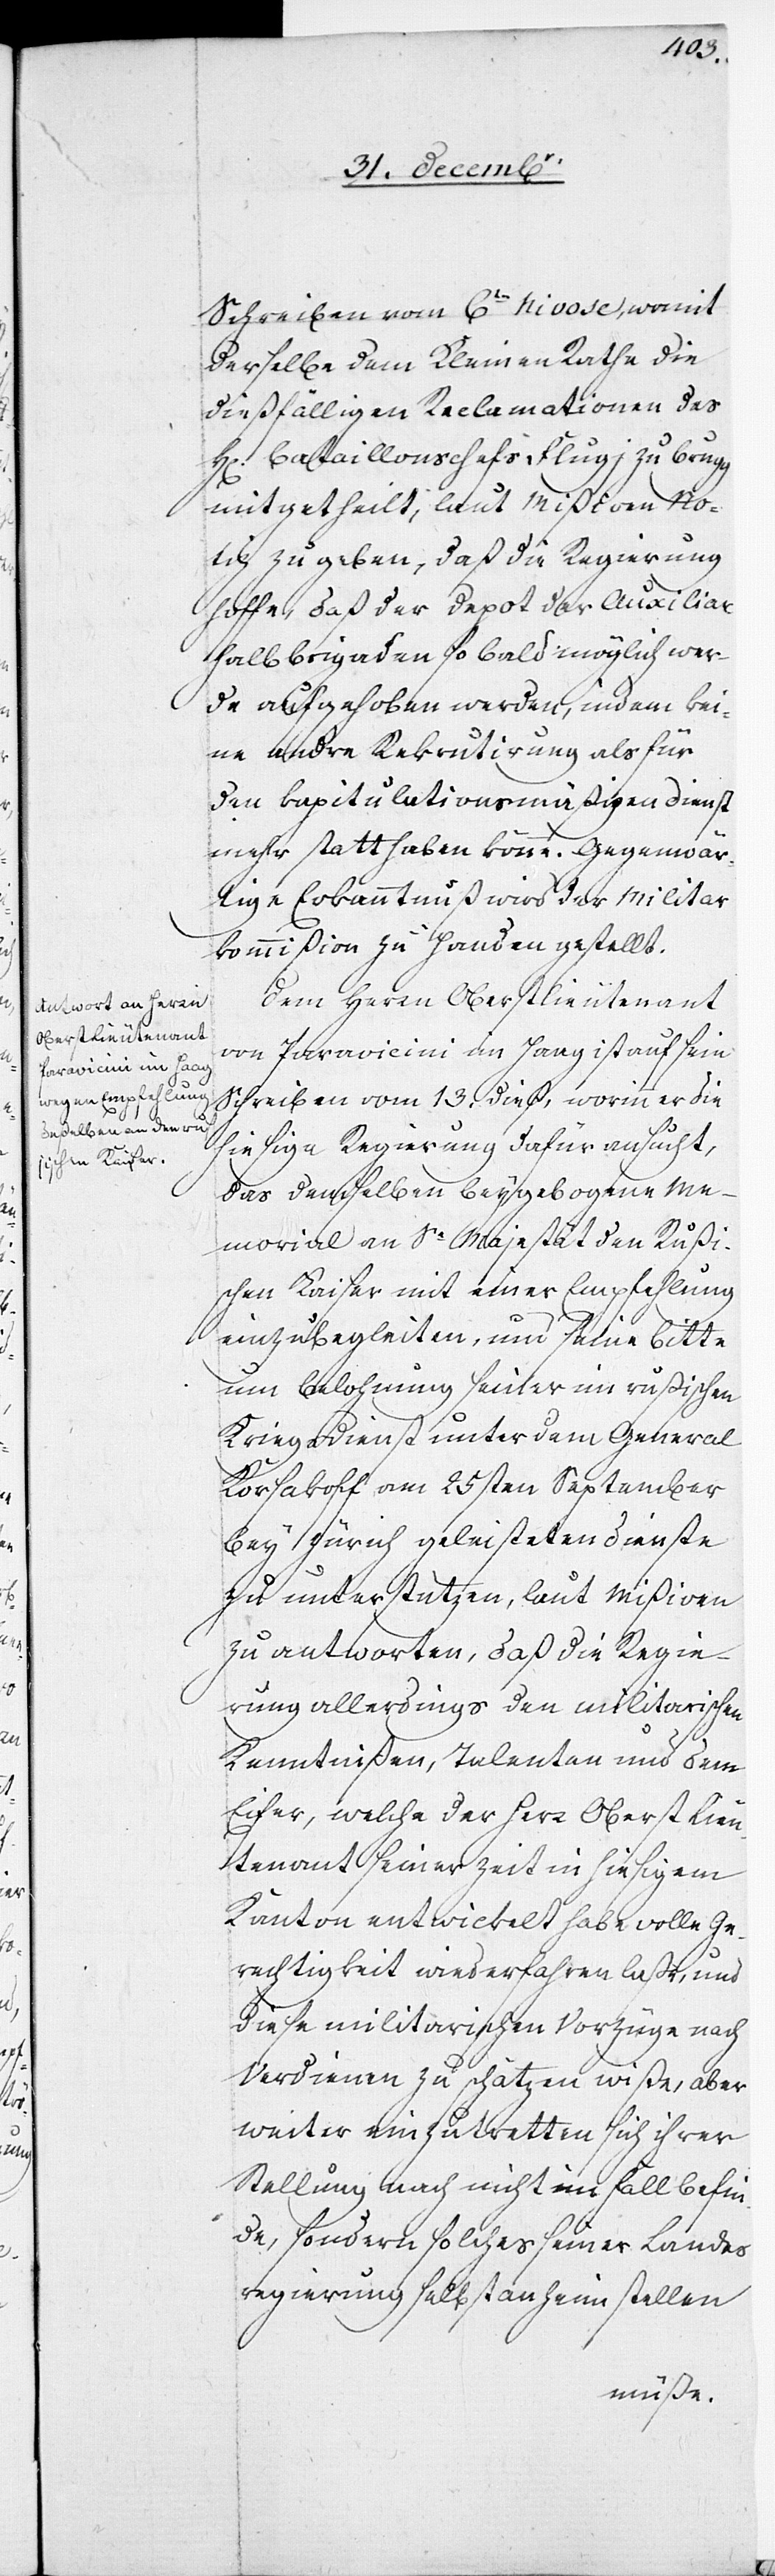
Schreiben vom 6ten Nivose, womit
derselbe dem Kleinen Rathe die
dießfälligen Reclamationen des
H[errn] Bataillonschefs Flugi zu Brugg
mitgetheilt, laut Mißiven No¬
tiz zu geben, daß die Regierung
hoffe, daß der Depot der Auxiliar
Halbbrigaden so bald möglich wer¬
de aufgehoben werden, indem kei¬
ne andre Rekrutirung als für
den kapitulationsmäßigen Dienst
mehr statthaben könne. Gegenwär¬
tige Erkanntnuß wird der Militar¬
kommißion zu Handen gestellt.
Dem Herrn Oberstlieutenant
von Paravicini im Haag ist auf sein
Schreiben vom 13. dieß, worinn er die
hiesige Regierung dafür ansucht,
das demselben beygebogene Me¬
morial an Se Majestät den Rußi¬
schen Kaiser mit einer Empfehlung
einzubegleiten, und seine Bitte
um Belohnung seiner in rußischem
Kriegsdienst unter dem General
Korsakoff am 25sten September
bey Zürich geleisteten Dienste
zu unterstützen, laut Mißiven
zu antworten, daß die Regie¬
rung allerdings den militarischen
Kenntnißen, Talenten und dem
Eifer, welche der Herr Oberstlieu¬
tenant seinerzeit in hiesigem
Kanton entwickelt habe[,] volle Ge¬
rechtigkeit wiederfahren laße, und
diese militarischen Vorzüge nach
Verdienen zu schätzen wiße, aber
weiter einzutretten sich ihrer
Stellung nach nicht im Fall befin¬
de, sondern solches seiner Landes¬
regierung selbst anheim stellen